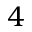
4